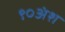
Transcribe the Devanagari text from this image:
९०अंश